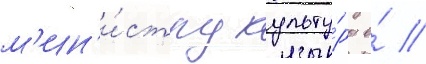
м'ин'и́стру культу́ры е́ //